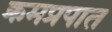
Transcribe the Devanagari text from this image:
क्रमप्रपात